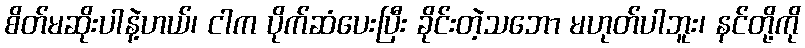
စိတ်မဆိုးပါနဲ့ဟယ်၊ ငါက ပိုက်ဆံပေးပြီး ခိုင်းတဲ့သဘော မဟုတ်ပါဘူး၊ နင်တို့ကို